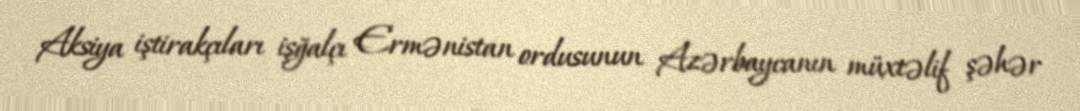
Aksiya iştirakçıları işğalçı Ermənistan ordusunun Azərbaycanın müxtəlif şəhər